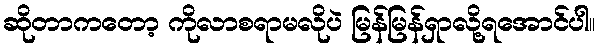
ဆိုတာကတော့ ကိုလာစရာမလိုပဲ မြန်မြန်ရှာလို့ရအောင်ပါ။